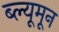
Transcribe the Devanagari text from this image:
ब्ल्यूमून